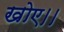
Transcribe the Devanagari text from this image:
खोए।।